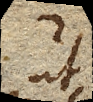
ut